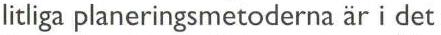
litliga planeringsmetoderna är i det